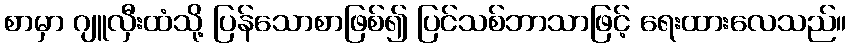
စာမှာ ဂျူလှီးထံသို့ ပြန်သောစာဖြစ်၍ ပြင်သစ်ဘာသာဖြင့် ရေးထားလေသည်။